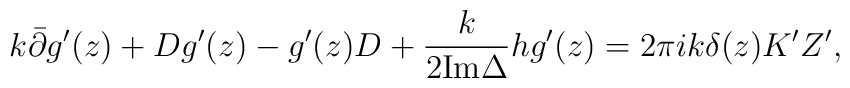
k\bar\partial g'(z)+Dg'(z)-g'(z)D+\frac {k}{2{\mbox {Im}} \Delta}hg'(z)=2\pi ik \delta (z)K'Z',      \nonumber